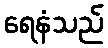
ရေနံသည်